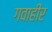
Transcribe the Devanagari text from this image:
गवाहीर